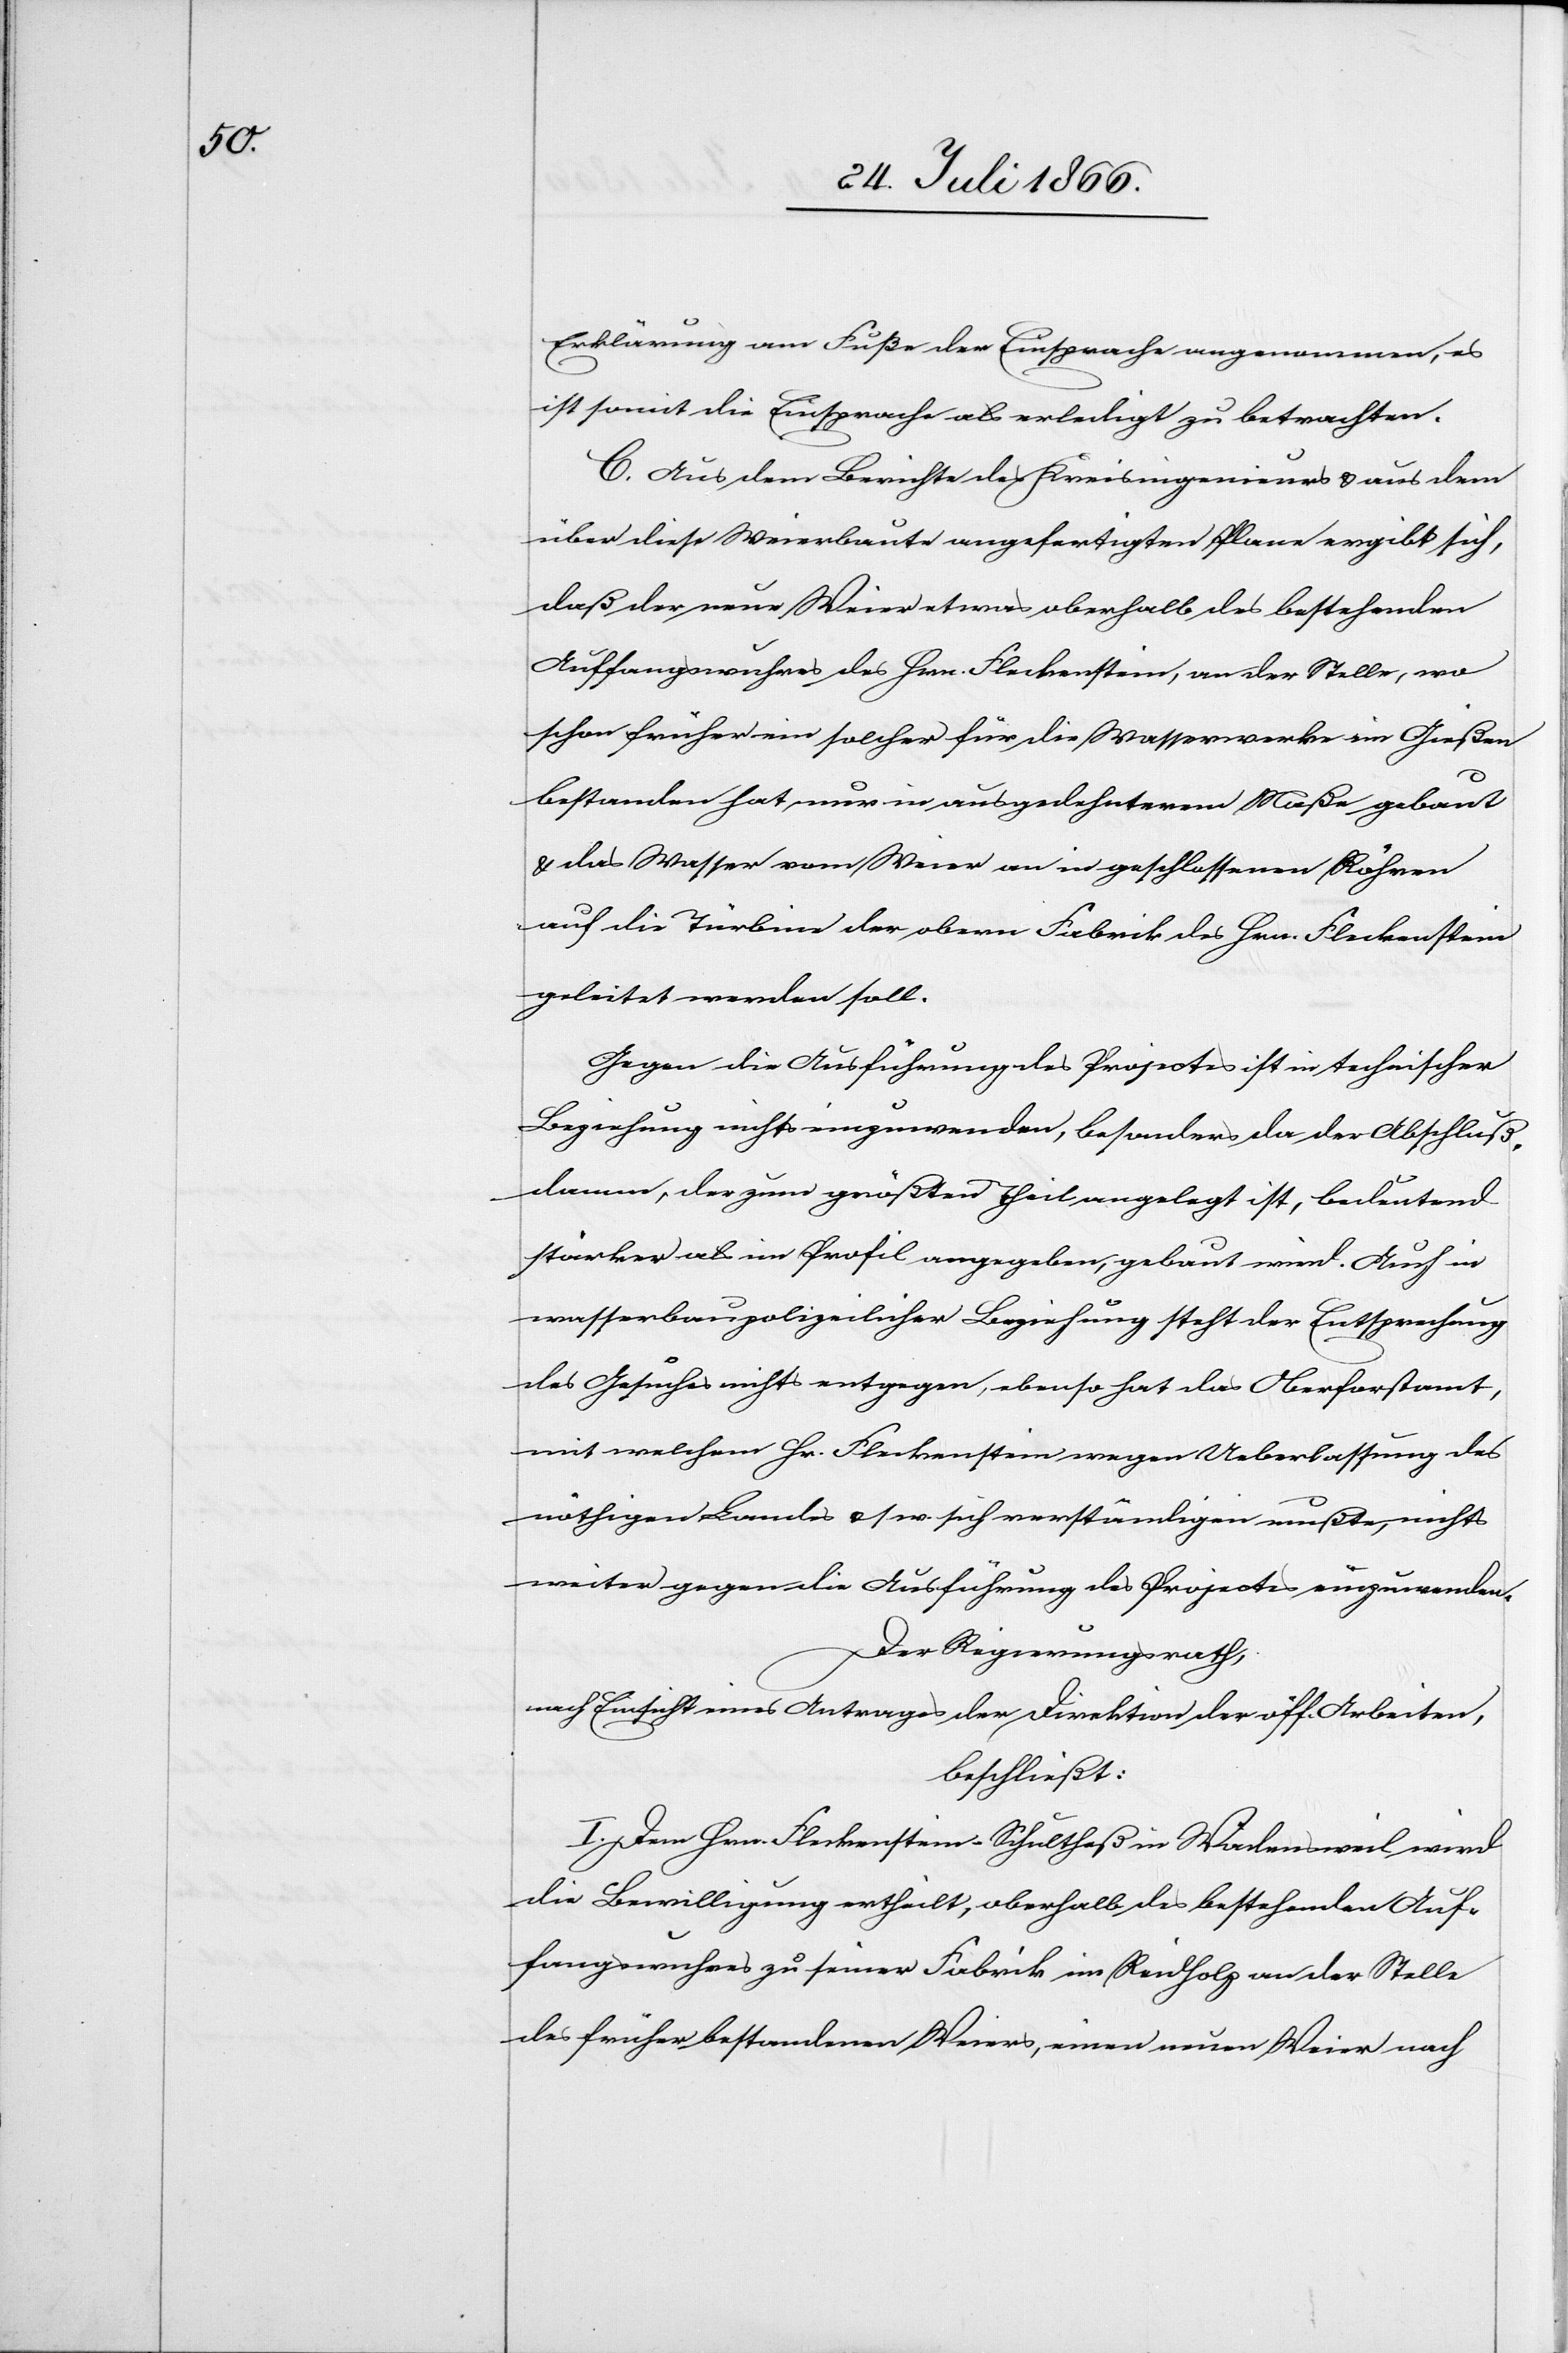
Erklärung am Fuße der Einsprache angenommen, es
ist somit die Einsprache als erledigt zu betrachten.
C. Aus dem Berichte des Kreisingenieurs u. aus dem
über diese Weierbaute angefertigten Plane ergibt sich,
daß der neue Weier etwas oberhalb des bestehenden
Auffangswuhres des Hrn. Fleckenstein, an der Stelle, wo
schon früher ein solcher für die Wasserwerke im Gießen
bestanden hat, nur in ausgedehnterem Maße gebaut
u. das Wasser vom Weier an in geschlossenen Röhren
auf die Türbine der obern Fabrik des Hrn. Fleckenstein
geleitet werden soll.
Gegen die Ausführung des Projects ist in technischer
Beziehung nichts einzuwenden, besonders da der Abschluß¬
damm, der zum größten Theil angelegt ist, bedeutend
stärker als im Profil angegeben, gebaut wird. Auch in
wasserbaupolizeilicher Beziehung steht der Entsprechung
des Gesuches nichts entgegen, ebenso hat das Oberforstamt,
mit welchem Hr. Fleckenstein wegen Ueberlassung des
nöthigen Landes u. s. w. sich verständigen mußte, nichts
weiter gegen die Ausführung des Projects einzuwenden.
Der Regierungsrath,
nach Einsicht eines Antrages der Direktion der öff. Arbeiten,
beschließt:
I. Dem Hrn. Fleckenstein-Schultheß in Wädensweil wird
die Bewilligung ertheilt, oberhalb des bestehenden Auf¬
fangswuhres zu seiner Fabrik im Reidholz an der Stelle
des früher bestandenen Weiers, einen neuen Weier nach